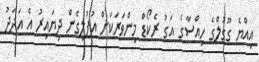
އިއްޔެ ގޫގުލްގެ ހިއްސާގެ އަގު ރެކޯޑް މިންވަރަކަށް އުފުލިގެން ދިޔައިރު އެ އަދަދު